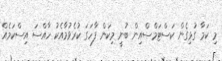
މި ކަމާ ގުޅިގެން ކަސްޓަމްސްއިން ބުނީ މިކަން ފާހަގަ ކުރެވުމާއެކު ހާއްސަ އިސްކަމެއް